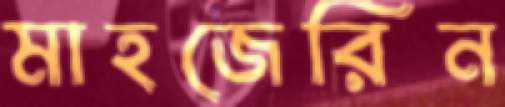
মাহজেরিন